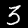
Digit: 3